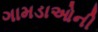
ગામડાઓની